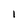
Character: l